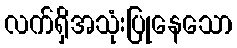
လက်ရှိအသုံးပြုနေသော